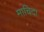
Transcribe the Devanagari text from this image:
माचिदा